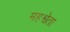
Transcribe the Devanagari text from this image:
महश्वेता